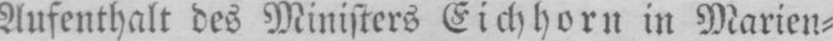
Aufenthalt des Ministers Eichhorn in Marien⸗